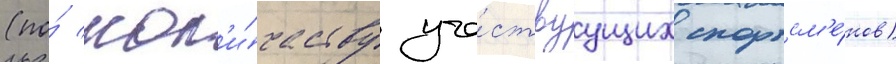
(по́ кол'и́честву уча́ствуущих спортсм'е́нов)